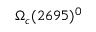
\Omega _ { c } ( 2 6 9 5 ) ^ { 0 }